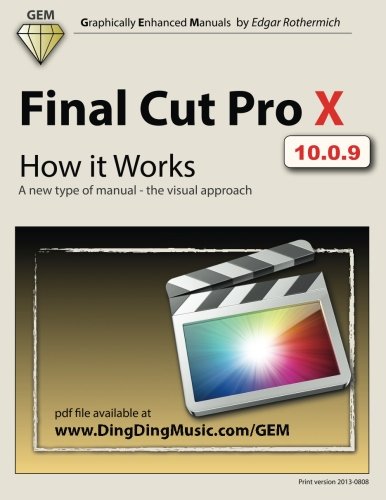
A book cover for Final Cut Pro X - How it Works: A new type of manual - the visual approach (Graphically Enhanced Manuals); Edgar Rothermich; Computers & Technology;